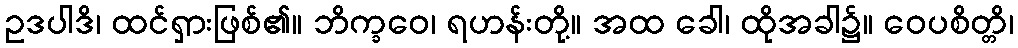
ဥဒပါဒိ၊ ထင်ရှားဖြစ်၏။ ဘိက္ခဝေ၊ ရဟန်းတို့။ အထ ခေါ၊ ထိုအခါ၌။ ဝေပစိတ္တိ၊